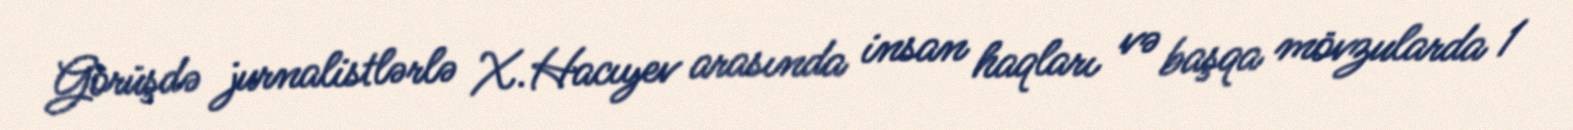
Görüşdə jurnalistlərlə X.Hacıyev arasında insan haqları və başqa mövzularda 1